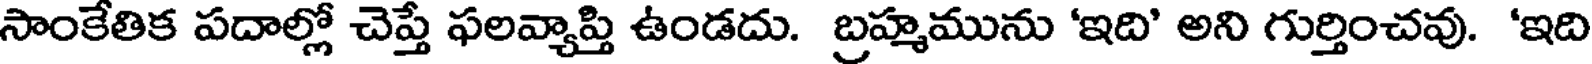
సాంకేతిక పదాల్లో చెప్తే ఫలవ్యాప్తి ఉండదు. బ్రహ్మమును 'ఇది' అని గుర్తించవు. 'ఇది